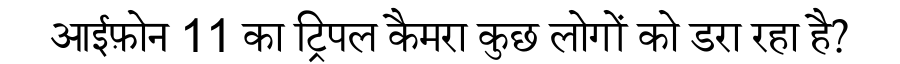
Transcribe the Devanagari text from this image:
आईफ़ोन 11 का ट्रिपल कैमरा कुछ लोगों को डरा रहा है?